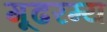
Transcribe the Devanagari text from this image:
गूढरम्य